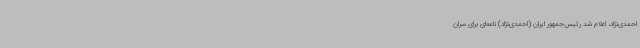
احمدی‌نژاد، اعلام شد رئیس‌جمهور ایران (احمدی‌نژاد) نامه‌ای برای سران